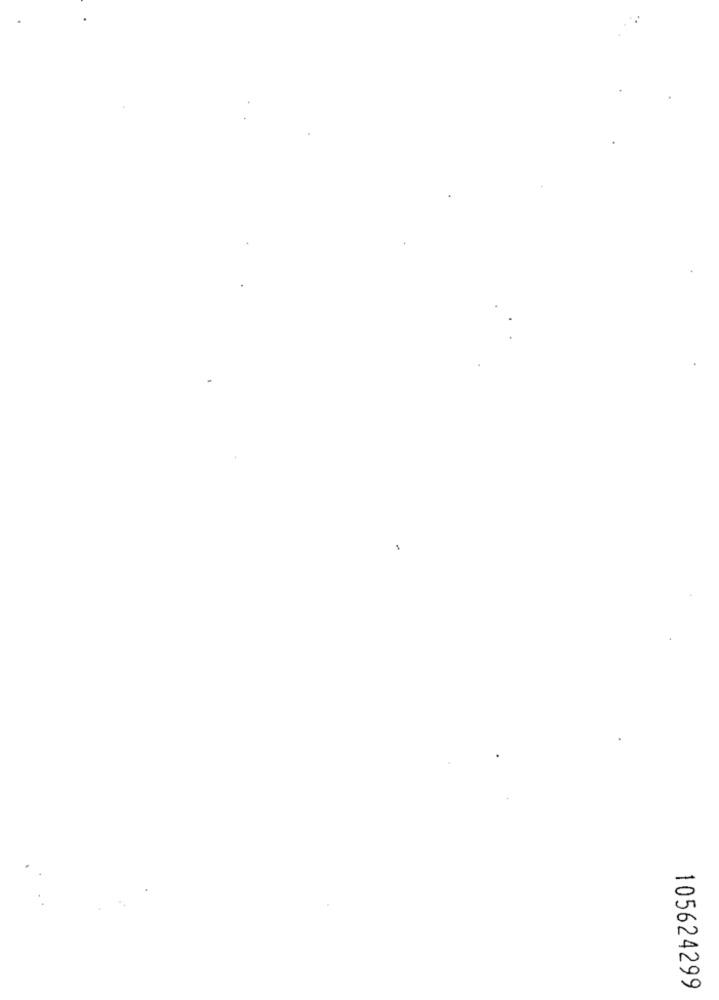
1
105624299